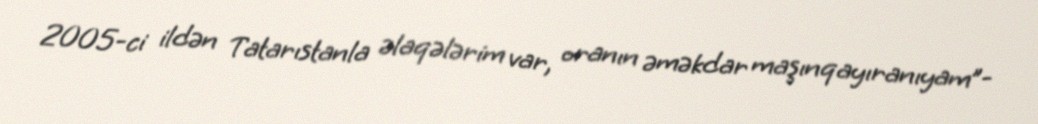
2005-ci ildən Tatarıstanla əlaqələrim var, oranın əməkdar maşınqayıranıyam”-